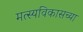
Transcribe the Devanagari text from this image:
मत्स्यविकासच्या